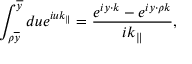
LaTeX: \int _ { \rho \overline { { { y } } } } ^ { \overline { { { y } } } } d u e ^ { i u k _ { \parallel } } = \frac { e ^ { i y \cdot k } - e ^ { i y \cdot \rho k } } { i k _ { \parallel } } ,